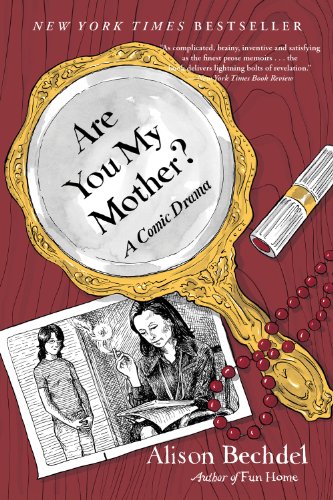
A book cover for Are You My Mother?: A Comic Drama; Alison Bechdel; Comics & Graphic Novels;